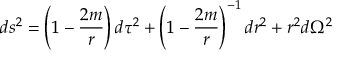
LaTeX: d s ^ { 2 } = \left( 1 - { \frac { 2 m } { r } } \right) d \tau ^ { 2 } + \left( 1 - { \frac { 2 m } { r } } \right) ^ { - 1 } d r ^ { 2 } + r ^ { 2 } d \Omega ^ { 2 }